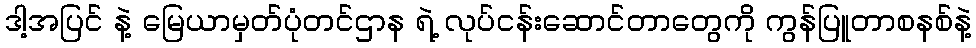
ဒါ့အပြင် နဲ့ မြေယာမှတ်ပုံတင်ဌာန ရဲ့ လုပ်ငန်းဆောင်တာတွေကို ကွန်ပြူတာစနစ်နဲ့